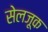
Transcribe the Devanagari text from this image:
सेलजूक